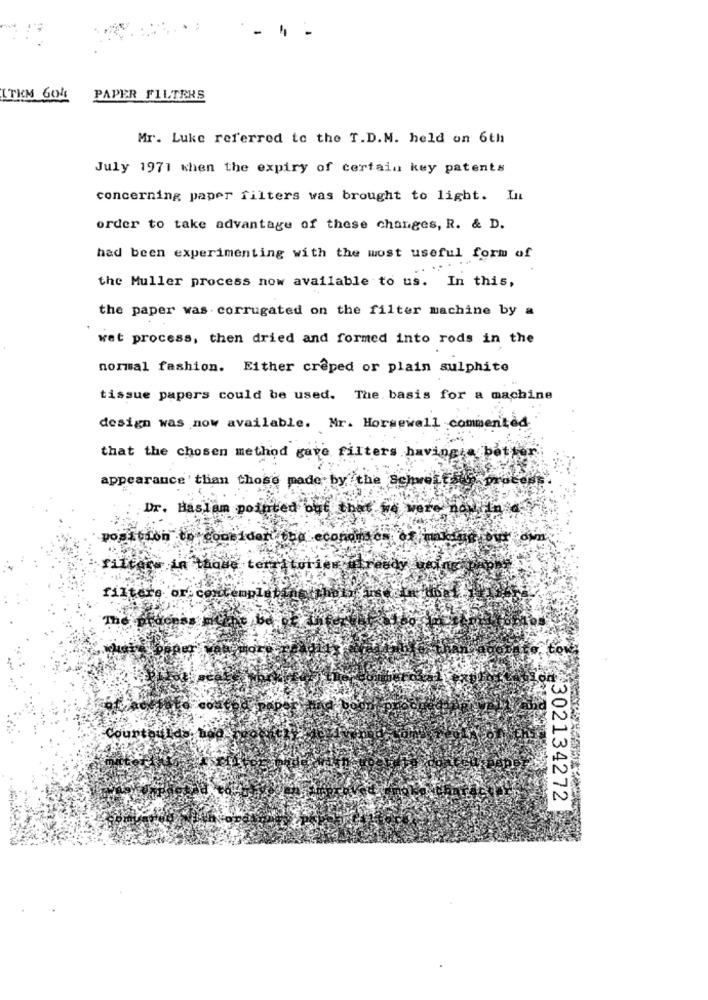
ITKM 604
PAPER FILTERS
Mr. Luke referred to the T.D.M. held on 6th
July 1971 when the expiry of certain key patents
concerning paper filters was brought to light. In
order to take advantage of these changes, R. & D.
had been experimenting with the most useful form of
the Muller process now available to us. In this,
the paper was corrugated on the filter machine by a
wet process, then dried and formed into rods in the
normal fashion. Either crêped or plain sulphite
tissue papers could be used. The. basis for a machine
design was now available. Mr. Horsewall commented
that the chosen method gave filters having a båt
appearance' than those made by the Schwert
Dr. Haslam pointed out that we wer
ider
.economs
dim
taque
Courtoula
302134272